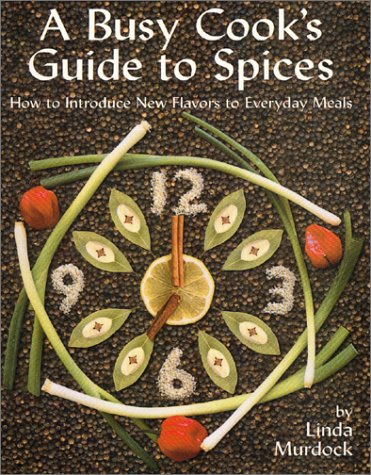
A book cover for A Busy Cook's Guide to Spices: How to Introduce New Flavors to Everyday Meals; Linda Murdock; Cookbooks, Food & Wine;